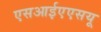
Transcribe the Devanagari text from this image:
एसआईएएसयू